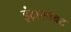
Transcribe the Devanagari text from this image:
इंट्रास्पेक्ट